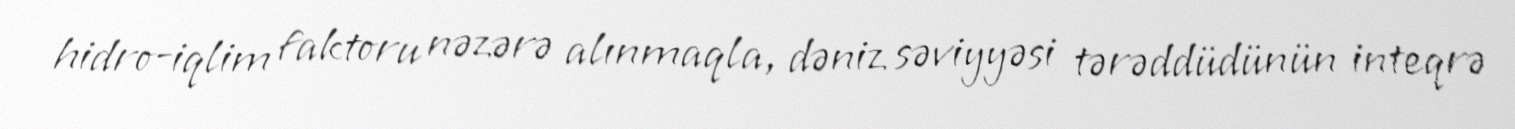
hidro-iqlim faktoru nəzərə alınmaqla, dəniz səviyyəsi tərəddüdünün inteqrə